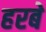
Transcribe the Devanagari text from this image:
हरबे